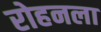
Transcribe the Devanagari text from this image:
रोहनला